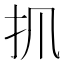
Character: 𢩰